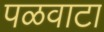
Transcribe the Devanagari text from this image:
पळवाटा